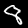
Digit: 8